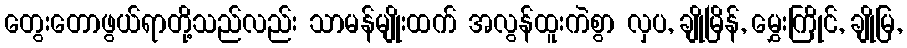
တွေးတောဖွယ်ရာတို့သည်လည်း သာမန်မျိုးထက် အလွန်ထူးကဲစွာ လှပ, ချိုမြိန်, မွှေးကြိုင်, ချိုမြ,